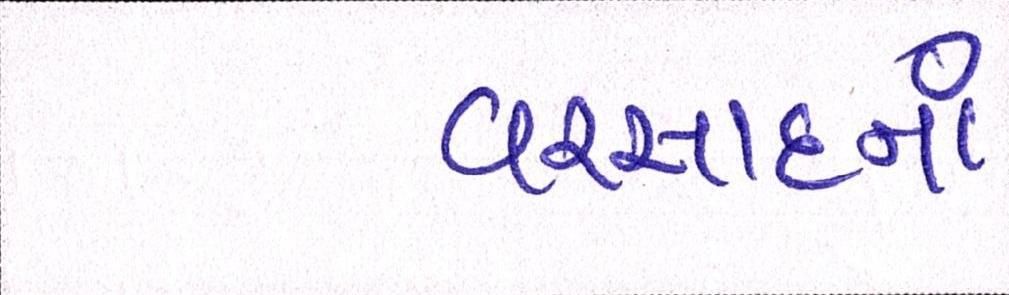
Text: વરસાદનાં